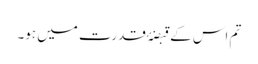
تم اس کے قبضۂ قدرت میں ہو۔